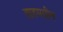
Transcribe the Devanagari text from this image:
वाडमयीन